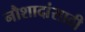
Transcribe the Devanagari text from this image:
नौशादांसाठी